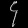
Digit: ၄